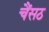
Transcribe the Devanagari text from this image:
चैंसठ